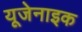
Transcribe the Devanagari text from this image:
यूजेनाइक